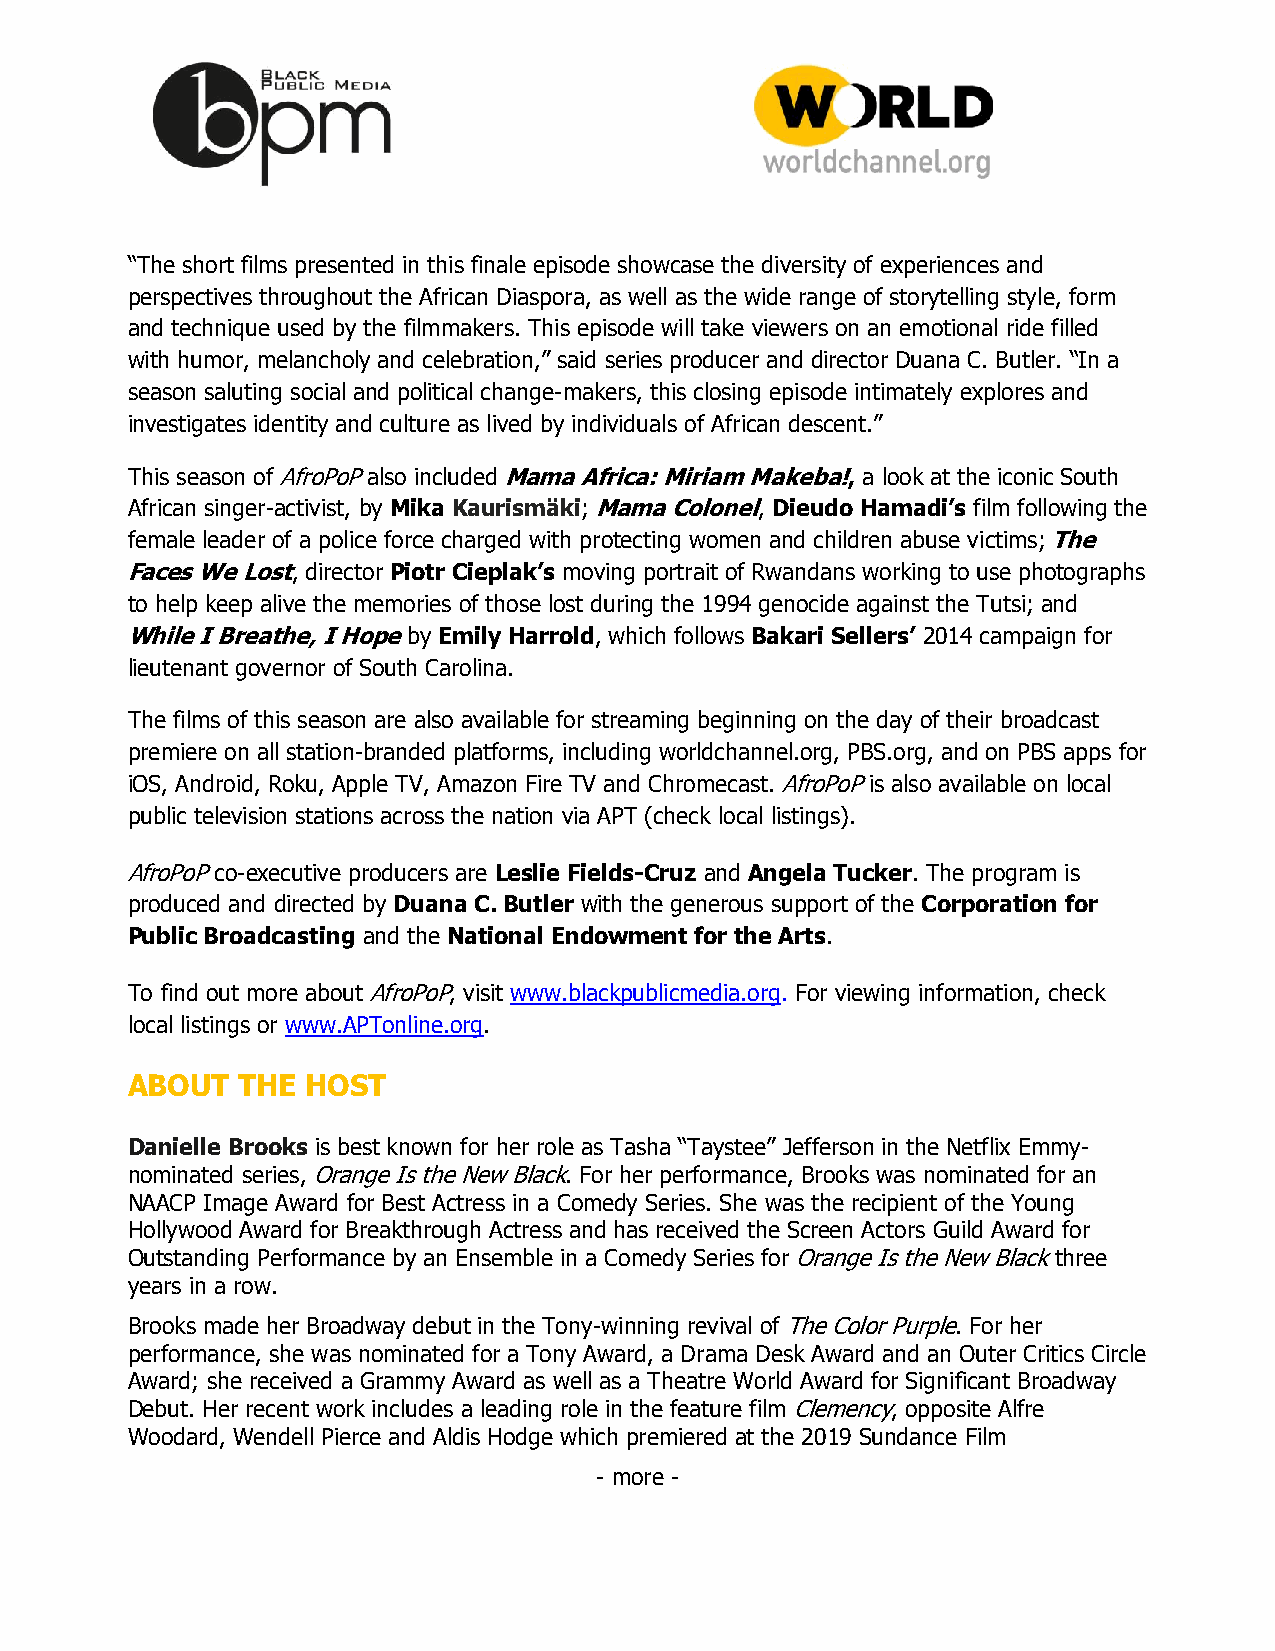
“The short films presented in this finale episode showcase the diversity of experiences and
 perspectives throughout the African Diaspora, as well as the wide range of storytelling style, form
 and technique used by the filmmakers. This episode will take viewers on an emotional ride filled
 with humor, melancholy and celebration,” said series producer and director Duana C. Butler. “In a
 season saluting social and political change-makers, this closing episode intimately explores and
 investigates identity and culture as lived by individuals of African descent.”
 This season of AfroPoP also included Mama Africa: Miriam Makeba!, a look at the iconic South
 African singer-activist, by Mika Kaurismäki; Mama Colonel, Dieudo Hamadi’s film following the
 female leader of a police force charged with protecting women and children abuse victims; The
 Faces We Lost, director Piotr Cieplak’s moving portrait of Rwandans working to use photographs
 to help keep alive the memories of those lost during the 1994 genocide against the Tutsi; and
 While I Breathe, I Hope by Emily Harrold, which follows Bakari Sellers’ 2014 campaign for
 lieutenant governor of South Carolina.
 The films of this season are also available for streaming beginning on the day of their broadcast
 premiere on all station-branded platforms, including worldchannel.org, PBS.org, and on PBS apps for
 iOS, Android, Roku, Apple TV, Amazon Fire TV and Chromecast. AfroPoP is also available on local
 public television stations across the nation via APT (check local listings).
 AfroPoP co-executive producers are Leslie Fields-Cruz and Angela Tucker. The program is
 produced and directed by Duana C. Butler with the generous support of the Corporation for
 Public Broadcasting and the National Endowment for the Arts.
 To find out more about AfroPoP, visit www.blackpublicmedia.org. For viewing information, check
 local listings or www.APTonline.org.
 ABOUT   THE HOST
 Danielle Brooks is best known for her role as Tasha “Taystee” Jefferson in the Netflix Emmy-
 nominated series, Orange Is the New Black. For her performance, Brooks was nominated for an
 NAACP Image Award for Best Actress in a Comedy Series. She was the recipient of the Young
 Hollywood Award for Breakthrough Actress and has received the Screen Actors Guild Award for
 Outstanding Performance by an Ensemble in a Comedy Series for Orange Is the New Black three
 years in a row.
 Brooks made her Broadway debut in the Tony-winning revival of The Color Purple. For her
 performance, she was nominated for a Tony Award, a Drama Desk Award and an Outer Critics Circle
 Award; she received a Grammy Award as well as a Theatre World Award for Significant Broadway
 Debut. Her recent work includes a leading role in the feature film Clemency, opposite Alfre
 Woodard, Wendell Pierce and Aldis Hodge which premiered at the 2019 Sundance Film
 - more -